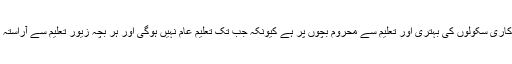
صوبائی وزیر کا کہنا تھا کہ حکومت کی تمام تر توجہ سرکاری سکولوں کی بہتری اور تعلیم سے محروم بچوں پر ہے کیونکہ جب تک تعلیم عام نہیں ہوگی اور ہر بچہ زیور تعلیم سے آراستہ نہیں ہو گا ترقی و خوشحالی کا تصور بھی نہیں کیاجا سکتا۔